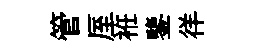
管厔袵鑒徉